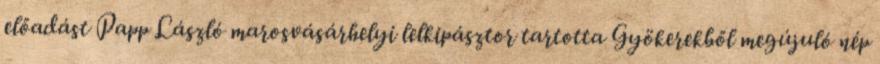
előadást Papp László marosvásárhelyi lelkipásztor tartotta Gyökerekből megújuló nép